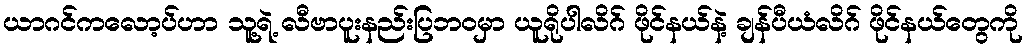
ယာဂင်ကလော့ပ်ဟာ သူ့ရဲ့ လီဗာပူးနည်းပြဘဝမှာ ယူရိုပါလိဂ် ဖိုင်နယ်နဲ့ ချန်ပီယံလိဂ် ဖိုင်နယ်တွေကို